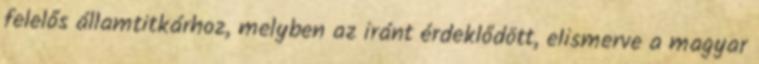
felelős államtitkárhoz, melyben az iránt érdeklődött, elismerve a magyar